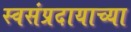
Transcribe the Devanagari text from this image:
स्वसंप्रदायाच्या